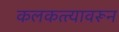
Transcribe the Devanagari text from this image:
कलकत्त्यावरून